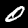
Digit: 0